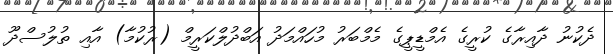
ދެކުނު ދާއިރާގެ ކުރީގެ އެމްޑީޕީގެ މެމްބަރު މުހައްމަދު އަބްދުލްކަރީމް (ރުކުމާ) އާއި ތުލުސްދޫ